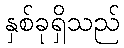
နှစ်ခုရှိသည်